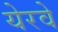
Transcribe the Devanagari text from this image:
येरवे